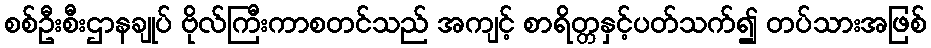
စစ်ဦးစီးဌာနချုပ် ဗိုလ်ကြီးကာစတင်သည် အကျင့် စာရိတ္တနှင့်ပတ်သက်၍ တပ်သားအဖြစ်